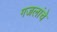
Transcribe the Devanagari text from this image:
गजलांचे